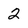
Character: 2